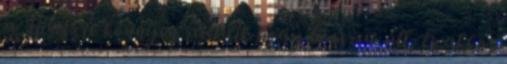
a Fideszre könnyen rásütik hogy bosszút áll, és akkor